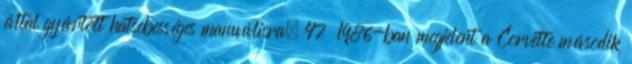
által gyártott hatsebességes manuálisra. 47 1986-ban megjelent a Corvette második